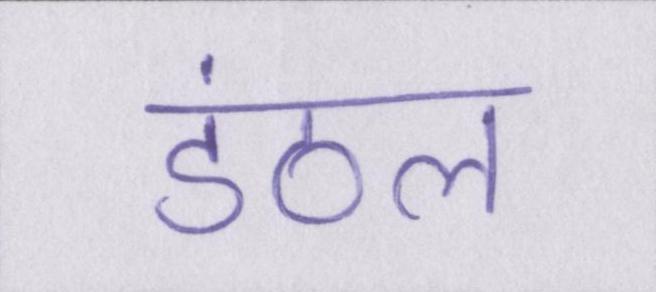
डंठल